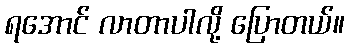
ရအောင် လာတာပါလို့ ပြောတယ်။